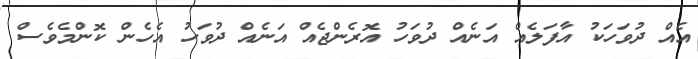
އެއް ދުވަހަކު އާފަލެއް އަނެއް ދުވަހު އޮރެންޖެއް އަނެއް ދުވަހު އެހެން ކޮންމެވެސް